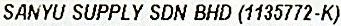
SANYU SUPPLY SDN BHD (1135772-K)